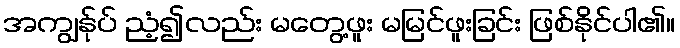
အကျွန်ုပ် ညံ့၍လည်း မတွေ့ဖူး မမြင်ဖူးခြင်း ဖြစ်နိုင်ပါ၏။